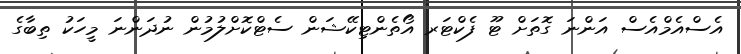
އެސްއެމްއެސް އަންނަ ގޮތަށް ޓޫ ފެކްޓަރ އޯތެންޓިކޭޝަން ސެޓްކޮށްލުމުން ނުދަންނަ މީހަކު ތިބާގެ